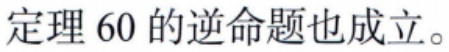
定理 60 的逆命题也成立。